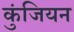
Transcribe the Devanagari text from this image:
कुंजियन